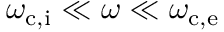
\omega _ { \mathrm { c , i } } \ll \omega \ll \omega _ { \mathrm { c , e } }